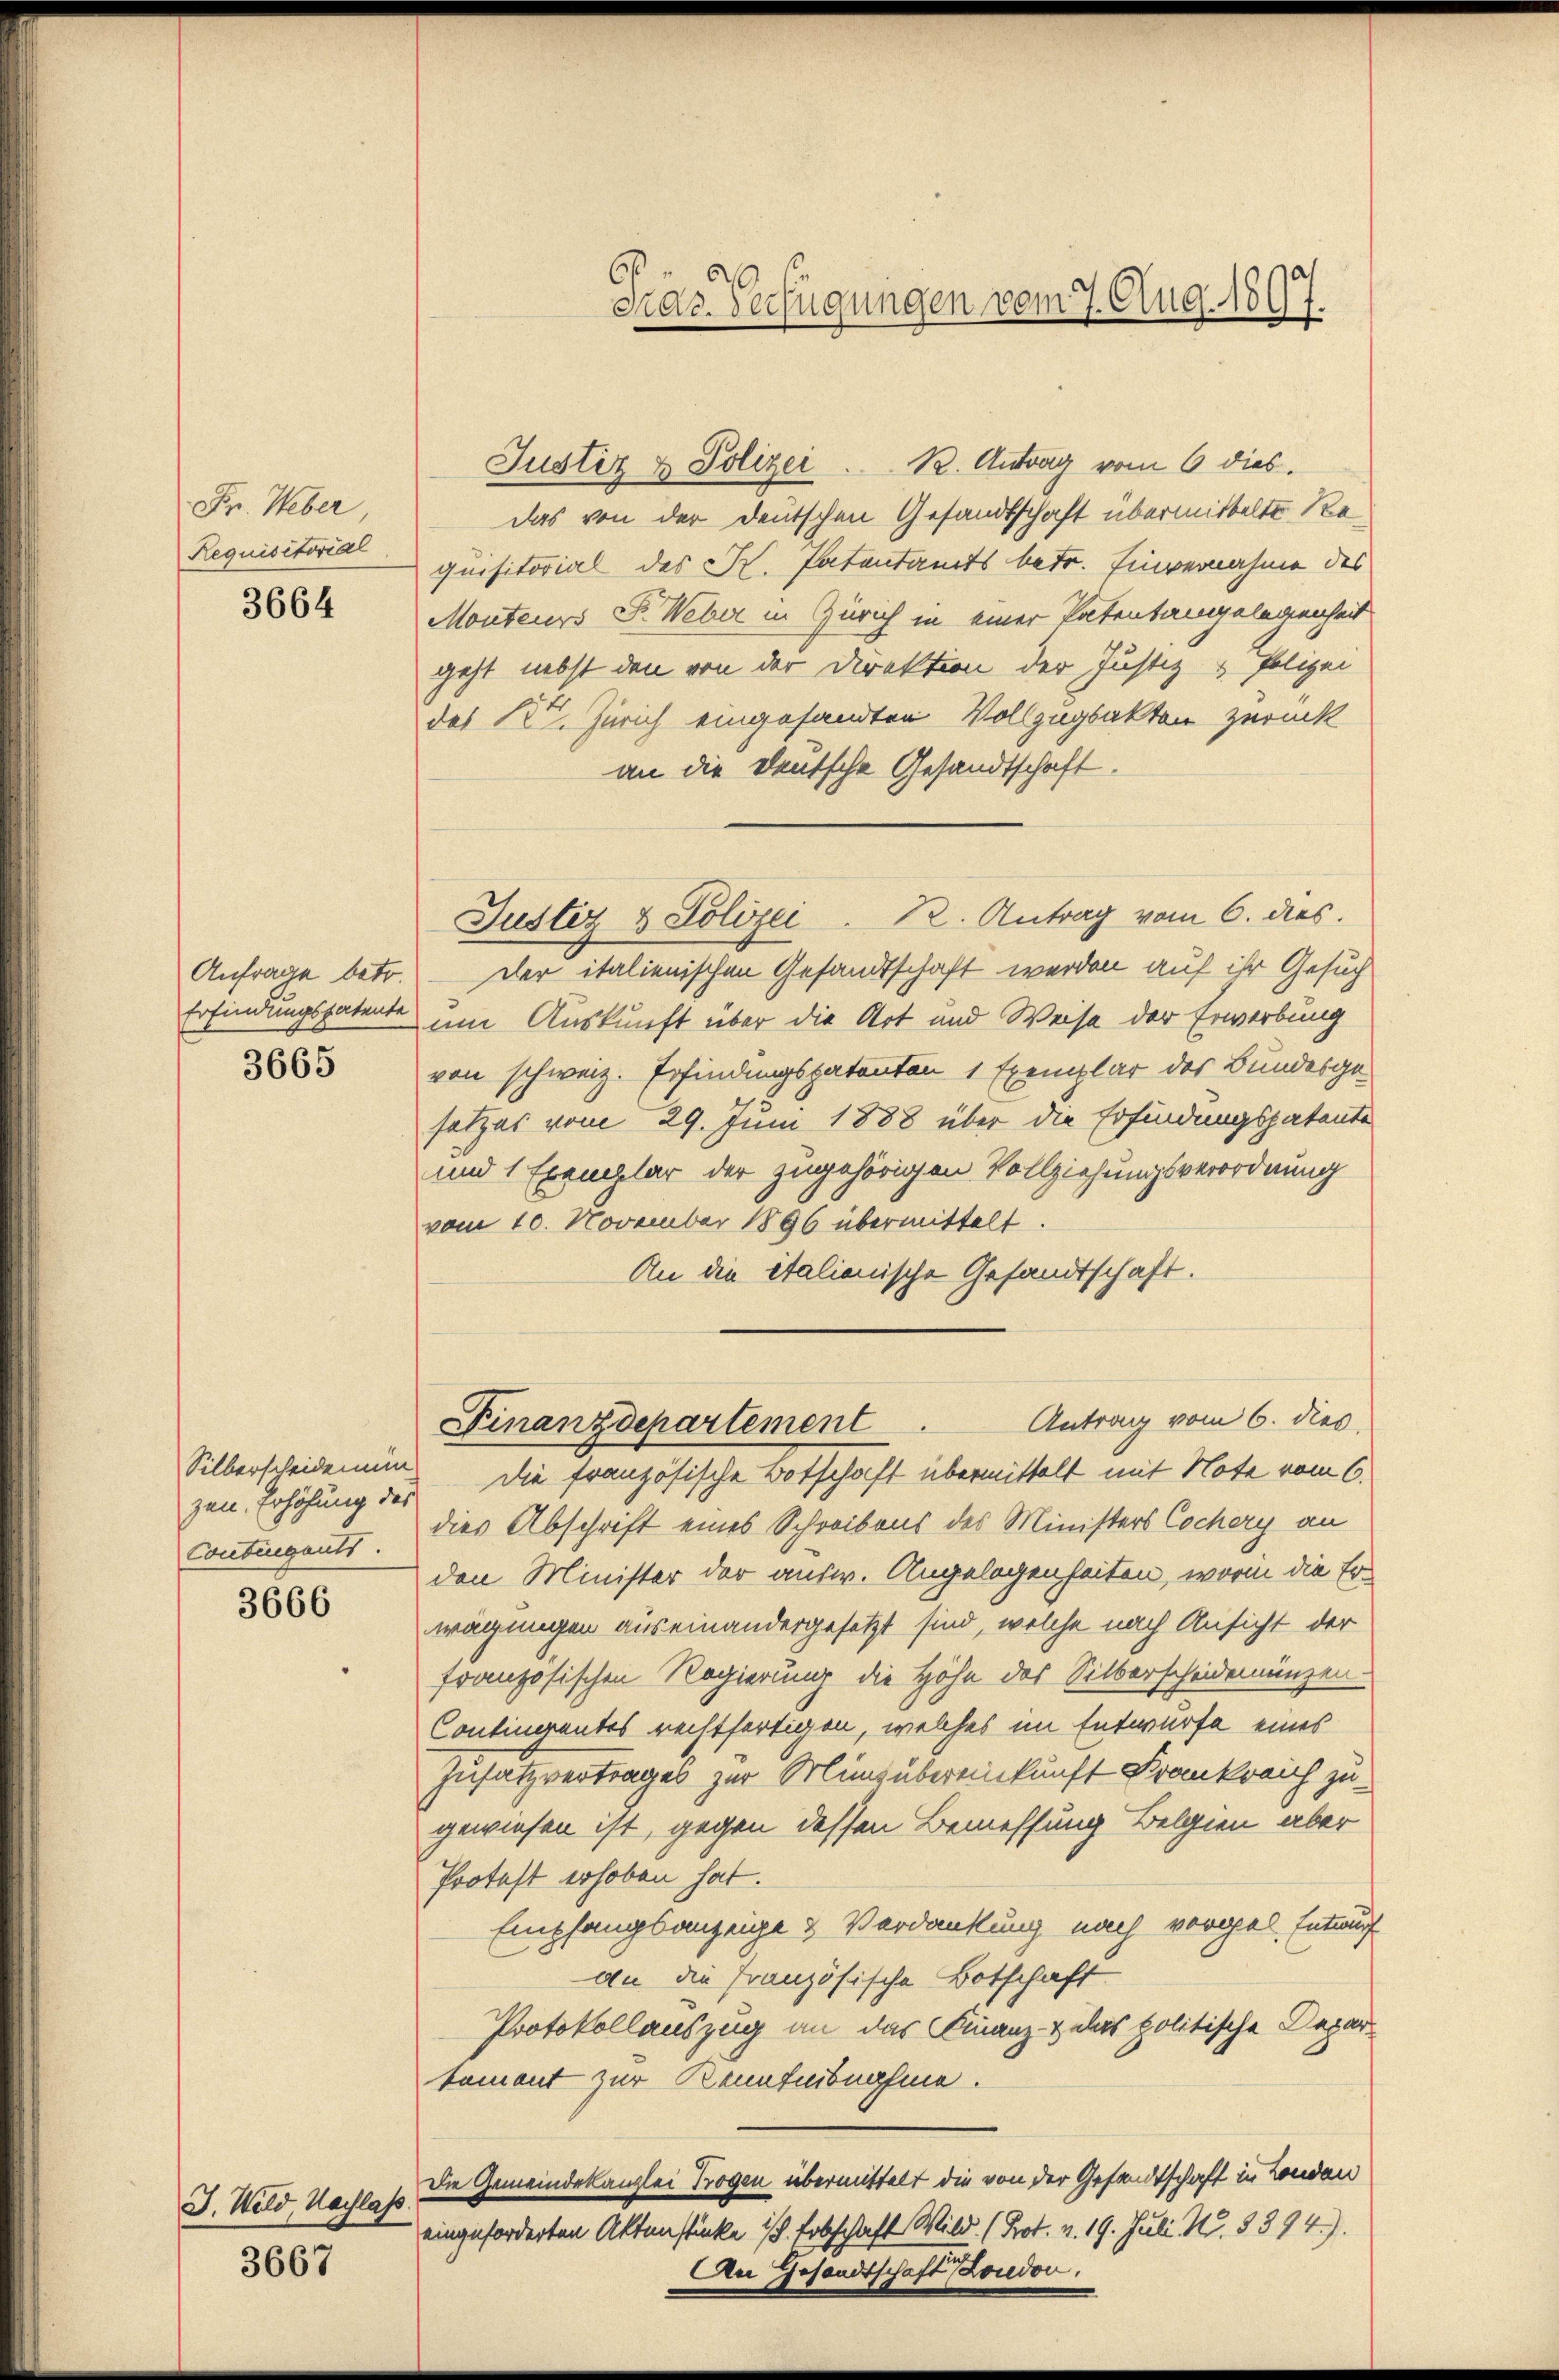
Fr. Weber
Requisitorial

3664

3665

zen. Erhöhung des
Contrigants.

3666

J. Wild, Nachlass

3667

61
sras Verfügungen vom 7. Aug. 1897.

Justiz & Polizei. R. Antrag vom 6 dies.
das von der deutschen Gesandtschaft übermittelte Requisitorial des K. Patentamts betr. Einvernahme des
Monteurs Fr. Weber in Zürich in einer Patentangelegenheit
geht nebst den von der Direktion der Justiz & Polizei
des Kt. Zürich eingesandten Vollzugsakten zurück
an die Deutsche Gesandtschaft.
Anfrage betr.  Der italienischen Gesandtschaft werden auf ihr Gesuch
Erfindungspatente um Auskunft über die Art und Weise der Erwerbung
von schweiz. Erfindungspatenton 1 Exemplar des Bundesgesatzes vom 29. Juni 1888 über die Erfindungspatente
und 1 Exemplar der zugehörigen Vollziehungsverordnung
vom 10. November 1896 übermittelt.
An die italienische Gesandtschaft.
Antrag vom 6. dies
Finanzdepartement
Silberscheidenen die französische Botschaft übermittelt mit Note vom 6.
dies Abschrift eines Schreibens des Ministers Cochery an
den Minister der ausw. Angelegenheiten, worin die Erwägungen auseinandergesetzt sind, welche nach Ansicht der
französischen Regierung die Höhe des Silberscheidemünzen-
Continrentes rechtfertigen, welches im Entwurfe eines
Zusatzvertrages zur Minzubereinkunft Frankreich zugewiesen ist, gegen dessen Bemessung Belgien aber
Protest erhoben hat.
Empfangsanzeige & Verdankung nach vorgel. Entwurf
An die französische Botschaft
Protokollauszug an das Finanz- & das politische Departement zur Kenntnisnahme.
Die Gemeindekanzlei Trogen übermittelt die von der Gesandtschaft in London
eingeforderten Aktenstücke ist. Erbschaft Wild (Prot. v. 19. Juli N. 8394).
An Gesandtschaft London.

Justiz & Polizei . 12. Antrag vom 6. dies